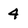
Character: 4